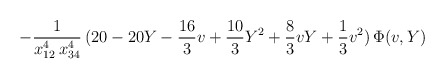
\begin{align*}- \frac{1}{x_{12}^4 \, x_{34}^4} \, (20 - 20 Y-\frac{16}{3} v +\frac{10}{3} Y^2+\frac{8}{3} vY + \frac{1}{3}v^2) \, \Phi(v,Y)\end{align*}